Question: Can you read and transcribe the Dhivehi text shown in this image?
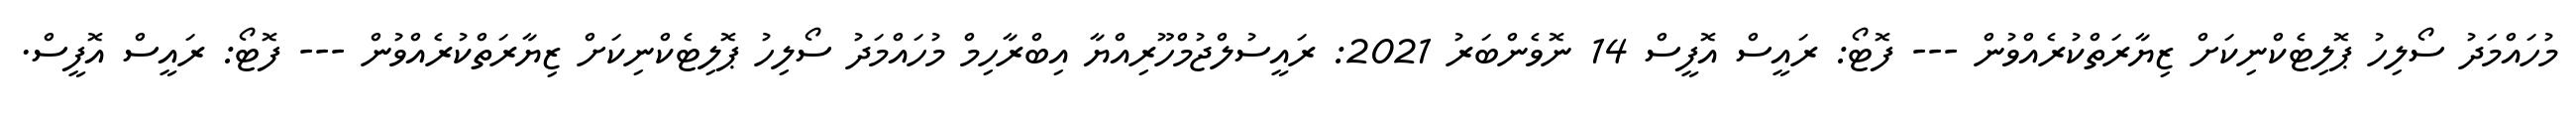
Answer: މުހައްމަދު ސޯލިހު ޕޮލިޓެކްނިކަށް ޒިޔާރަތްކުރެއްވުން --- ފޮޓޯ: ރައީސް އޮފީސް 14 ނޮވެންބަރު 2021: ރައީސުލްޖުމްހޫރިއްޔާ އިބްރާހިމް މުހައްމަދު ސޯލިހު ޕޮލިޓެކްނިކަށް ޒިޔާރަތްކުރެއްވުން --- ފޮޓޯ: ރައީސް އޮފީސް.